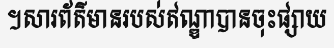
។សារព័ត៌មានរបស់ឥណ្ឌាបានចុះផ្សាយ